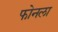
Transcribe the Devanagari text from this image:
फोनला